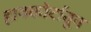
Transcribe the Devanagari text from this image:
हायकोर्टातून